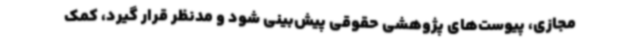
مجازی، پیوست‌های پژوهشی حقوقی پیش‌بینی شود و مدنظر قرار گیرد، کمک